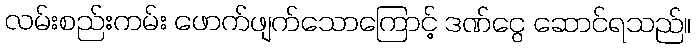
လမ်းစည်းကမ်း ဖောက်ဖျက်သောကြောင့် ဒဏ်ငွေ ဆောင်ရသည်။